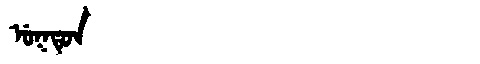
Manchu: ᡠᡴᡨᡠᠨ
Romanization: UKTUN